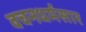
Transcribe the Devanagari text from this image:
वचनधर्मसार